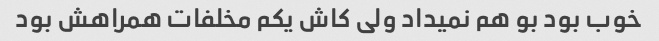
خوب بود بو هم نمیداد ولی کاش یکم مخلفات همراهش بود